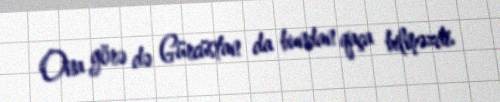
Ona görə də Gürcüstan da bundan qaça bilməzdi.